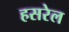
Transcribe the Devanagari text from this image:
हसरेल